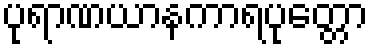
ပုရာဏယာနကာရပုတ္တော